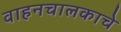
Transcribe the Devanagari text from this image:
वाहनचालकाचे